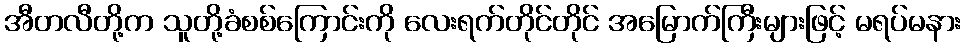
အီတလီတို့က သူတို့ခံစစ်ကြောင်းကို လေးရက်တိုင်တိုင် အမြောက်ကြီးများဖြင့် မရပ်မနား